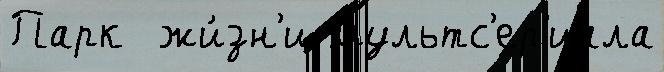
Парк  жи́зн'и мультс'ер'иала